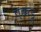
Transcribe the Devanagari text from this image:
एक्कडू